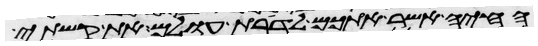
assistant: החיה אשר אתכם לדרות עולם את קשתי